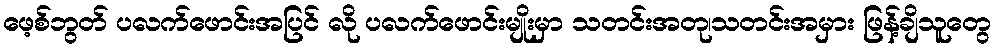
ဖေ့စ်ဘွတ် ပလက်ဖောင်းအပြင် လို ပလက်ဖောင်းမျိုးမှာ သတင်းအတု၊သတင်းအမှား ဖြန့်ချိသူတွေ